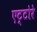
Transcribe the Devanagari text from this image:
एट्टोरे